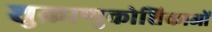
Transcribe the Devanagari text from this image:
शुक्राणुकोशिकाओं